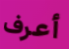
أعرف